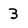
Character: 3